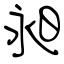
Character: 昶